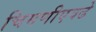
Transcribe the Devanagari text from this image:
चिमणीएवढे